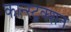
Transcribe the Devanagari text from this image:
कान्स्ट्रक्शन